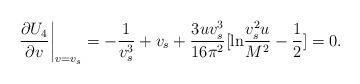
LaTeX: \begin{align*}\left. \frac{\partial U_{4}}{\partial v}\right|_{v=v_{s}}= -\frac{1}{v_{s}^{3}}+v_{s}+\frac{3uv_{s}^{3}}{16\pi^{2}}[{\rm ln}\frac{v_{s}^{2}u}{M^{2}}-\frac{1}{2}]=0. \end{align*}